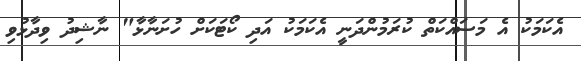
އެކަމަކު އެ މަސައްކަތް ކުރަމުންދަނީ އެކަމަކު އަދި ކޯޓަކަށް ހުށަނާޅާ" ނާޝިދު ވިދާޅުވި